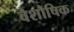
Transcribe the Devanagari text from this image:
वैशोषिक